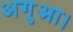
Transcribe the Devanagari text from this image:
अगुआ।